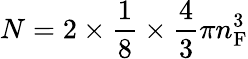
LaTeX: N=2\times{\frac{1}{8}}\times{\frac{4}{3}}\pi n_{\mathrm{F}}^{3}